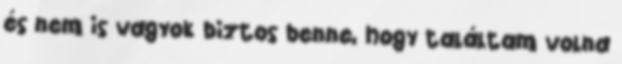
és nem is vagyok biztos benne, hogy találtam volna